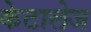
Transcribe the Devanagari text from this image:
केटालेज